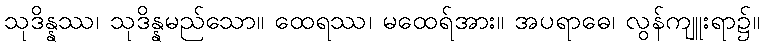
သုဒိန္နဿ၊ သုဒိန္နမည်သော။ ထေရဿ၊ မထေရ်အား။ အပရာဓေ၊ လွန်ကျူးရာ၌။